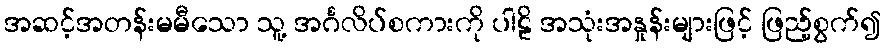
အဆင့်အတန်းမမီသော သူ့ အင်္ဂလိပ်စကားကို ပါဠိ အသုံးအနှုန်းများဖြင့် ဖြည့်စွက်၍